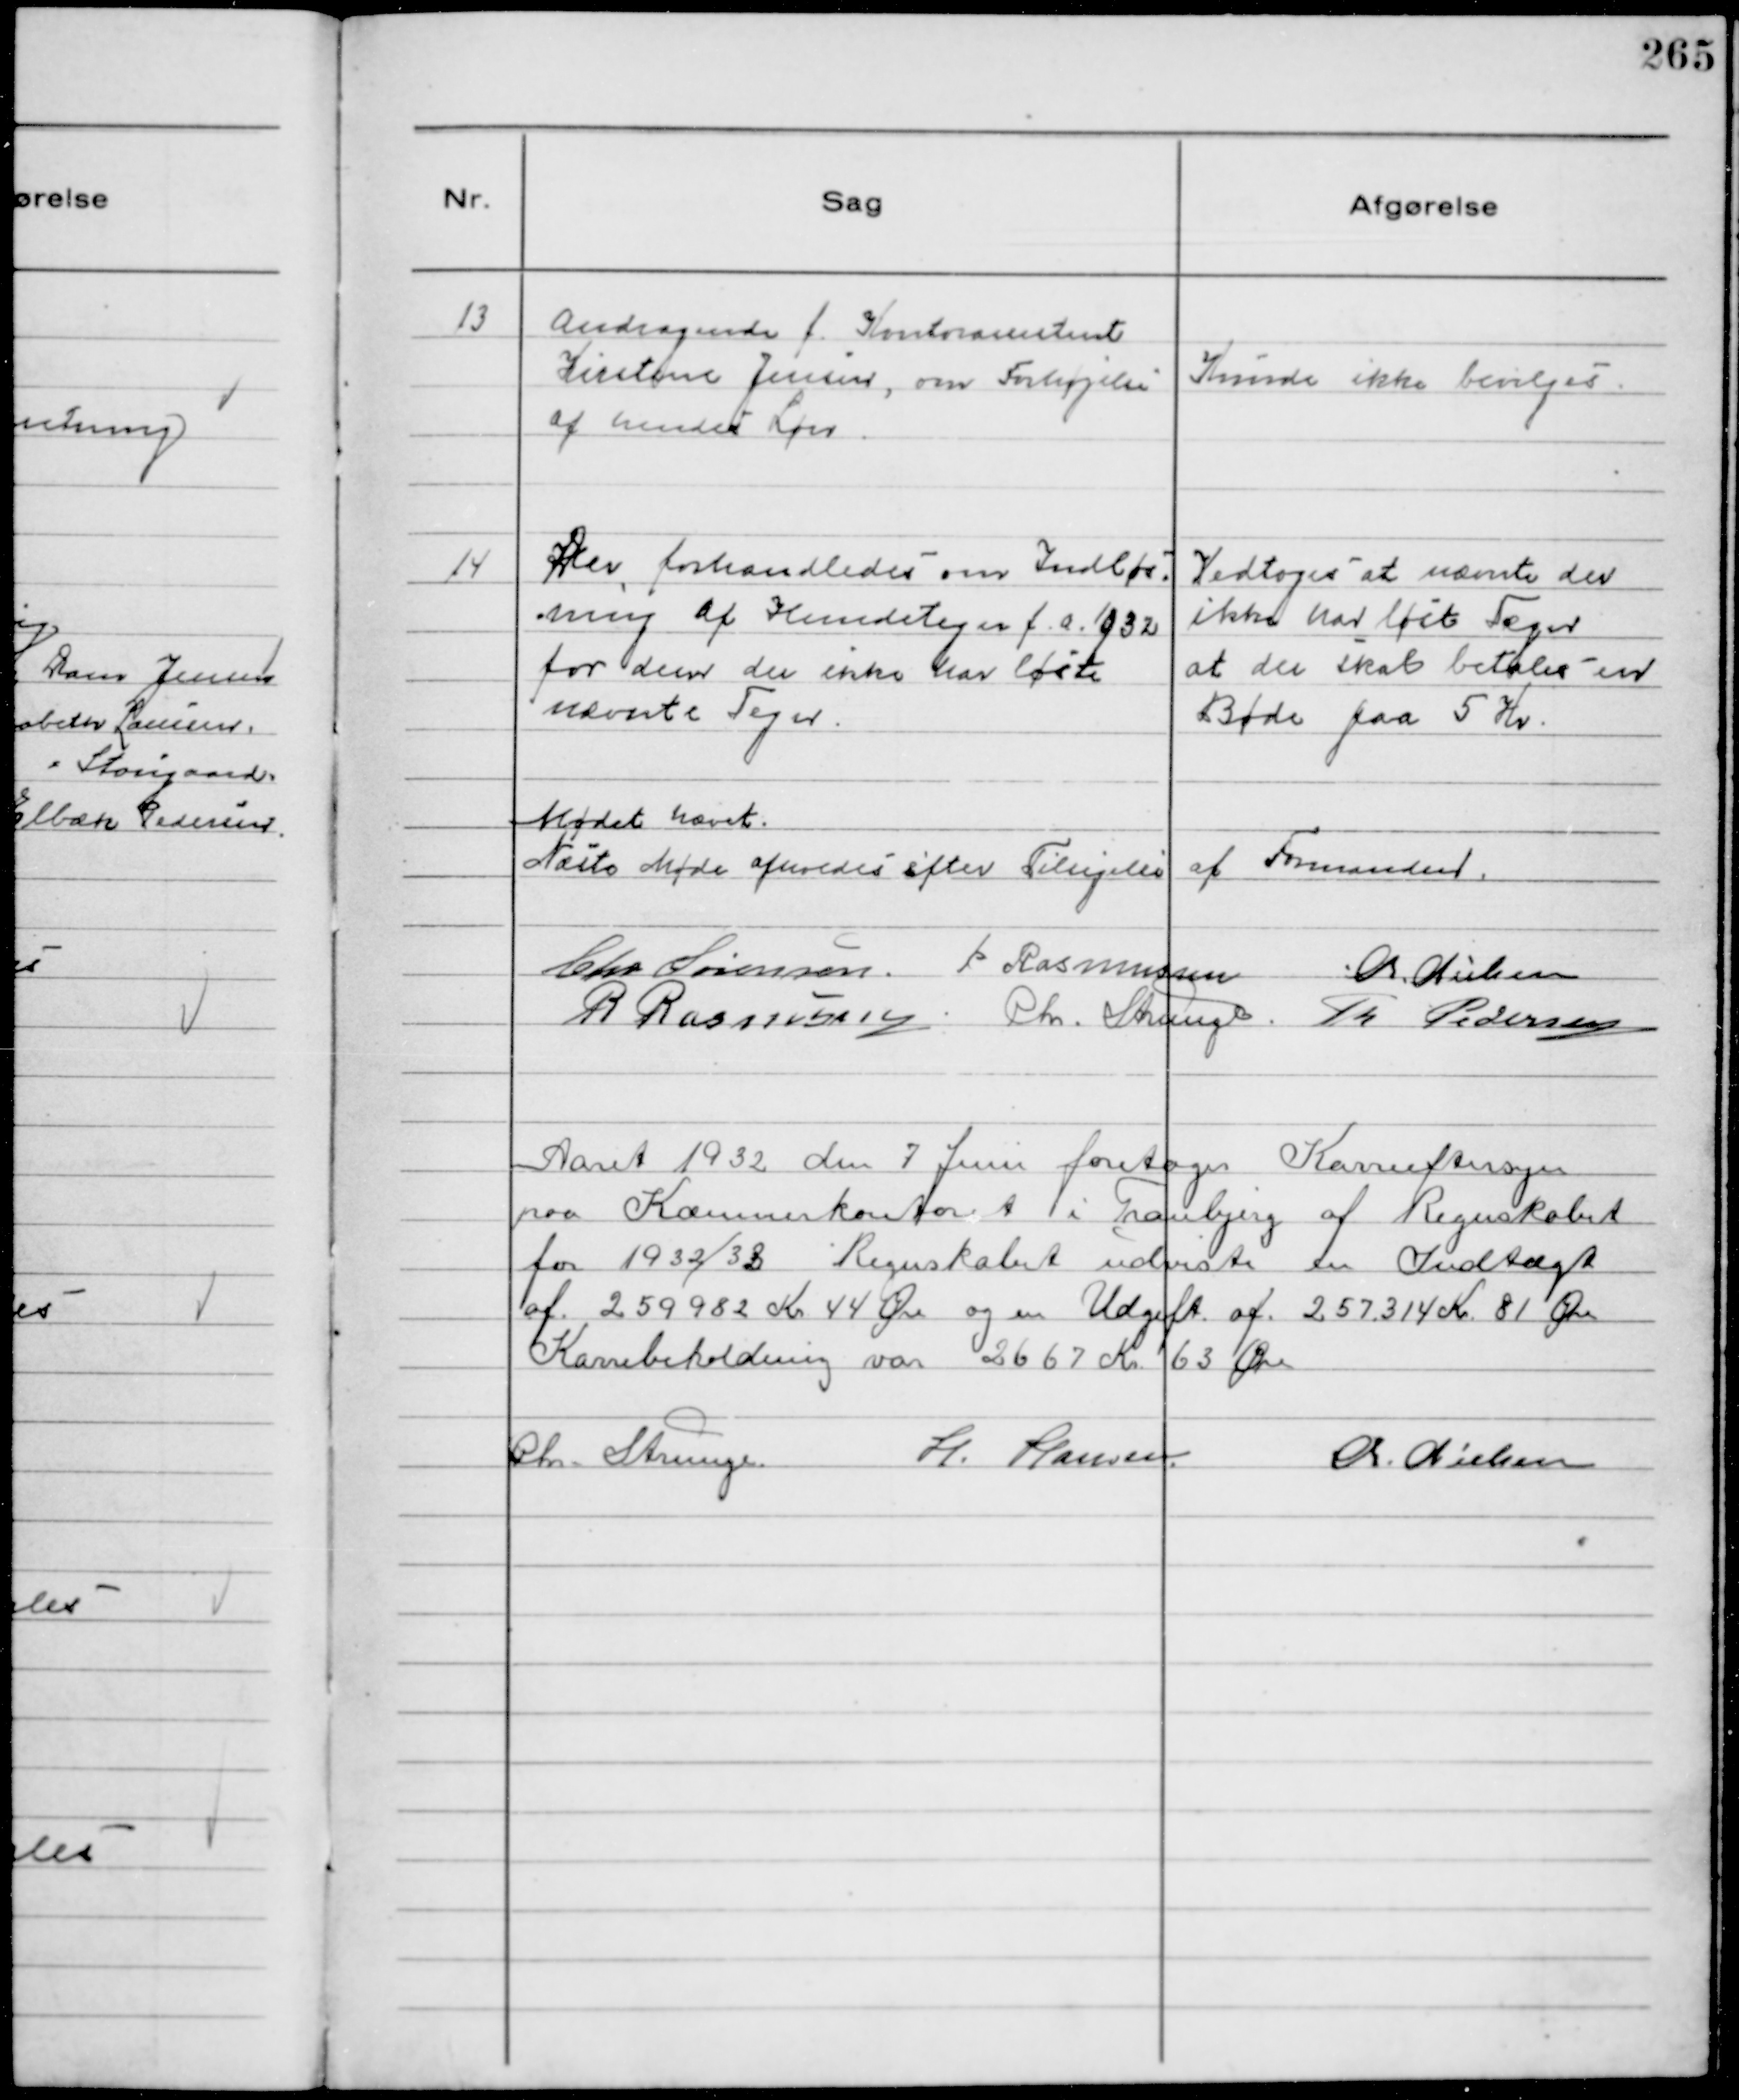
Transskription:
13
Andragende f. Kontorassistent
Kirstine Jensen, om Forhøjelse
af hendes Løn.

Kunde ikke bevilges

14
Der forhandledes om Indløs
ning af Hundetegn f.a. 1932
for dem der ikke har løst
nævnte Tegn.

Vedtoges at nævnte der
ikke har løst Tegn
at der skal betales en
Bøde paa 5 Kr.

Mødet hævet
Næste Møde afholdes efter Tilsigelse af Formanden
Chr Sørensen. P Rasmussen Chr. Nielsen
R Rasmussen Chr. Strunge. Th Pedersen

Aaret 1932 den 7 Juni foretoges Kasseeftersyn
paa Kæmnerkontoret i Tranbjerg af Regnskabet
for 1932/33 Regnskabet udviste en Indtægt
af 259982 Kr 44 Øre og en Udgift af 257314 Kr 81 Øre
Kassebeholdning var 2667 Kr 63 Øre
Chr. Strunge.
H. Hansen.
Chr. Nielsen